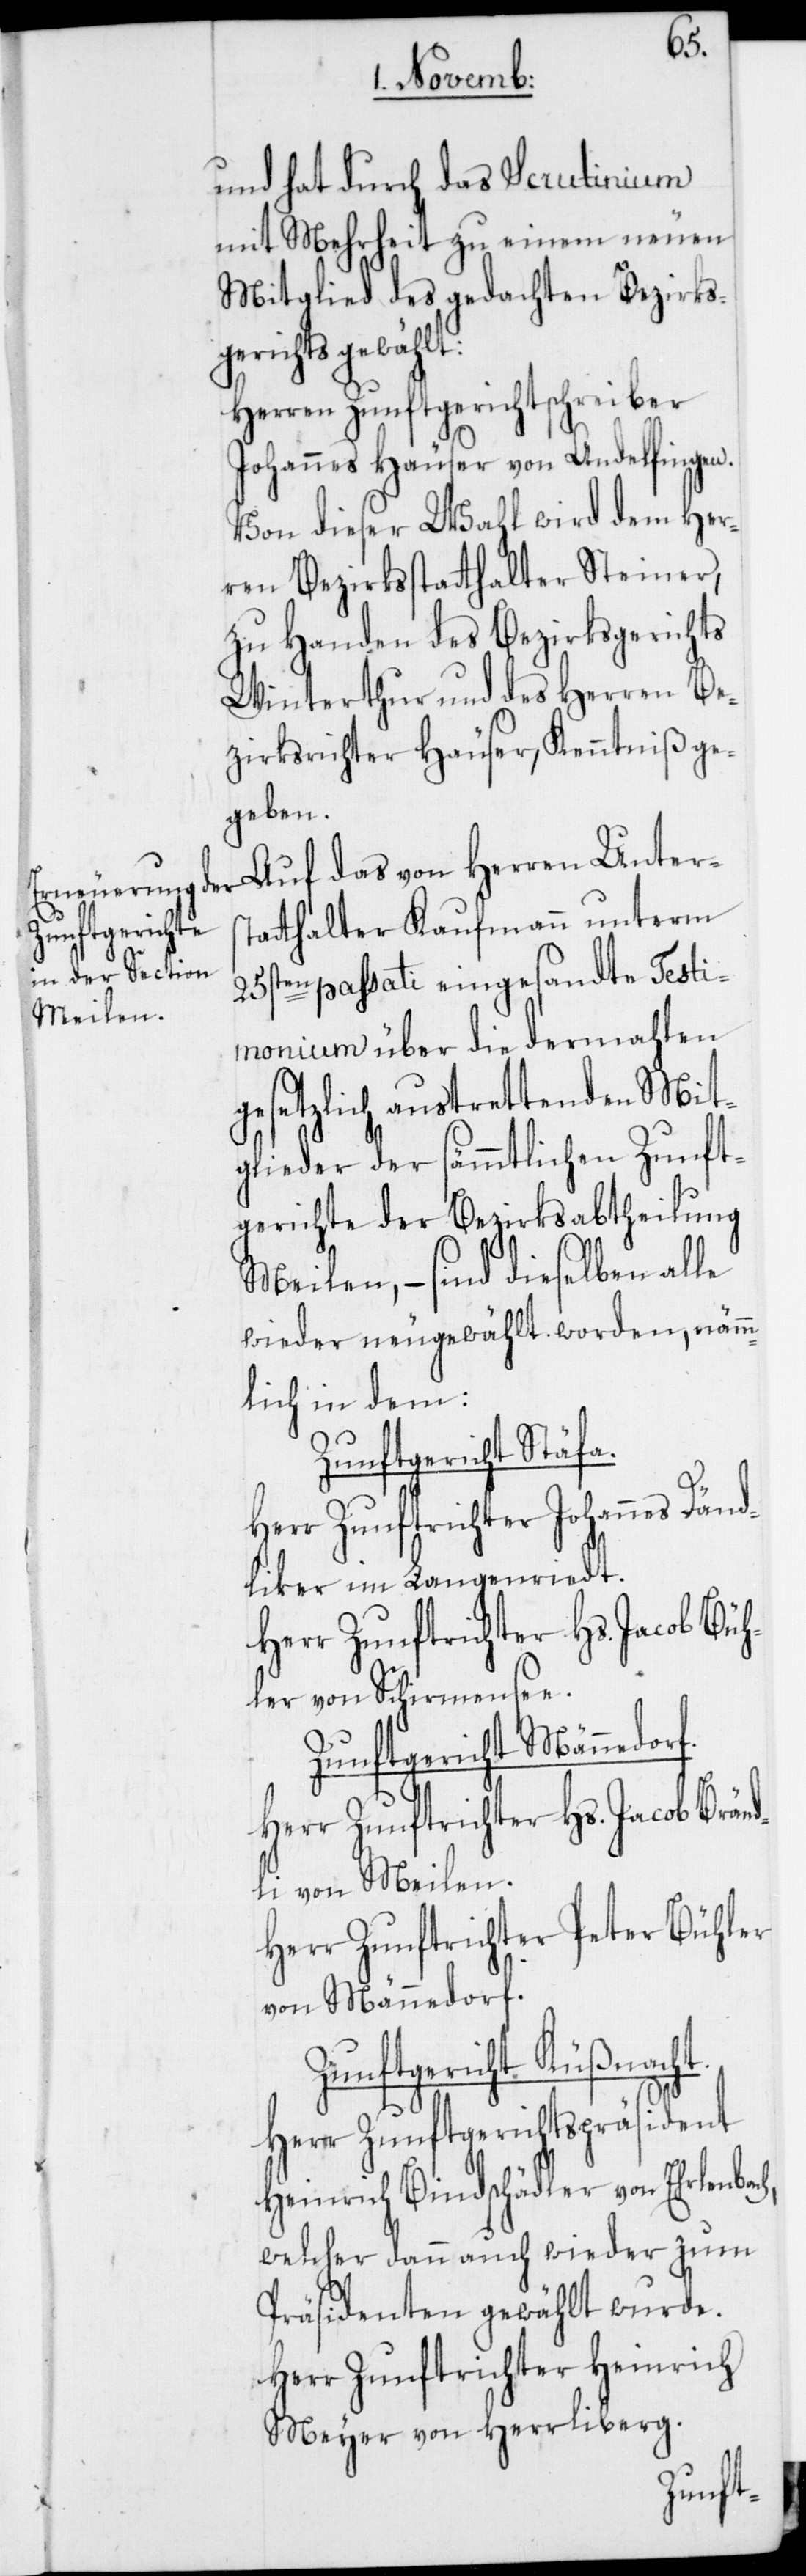
und hat durch das Scrutinium
mit Mehrheit zu einem neuen
Mitglied des gedachten Bezirks¬
gerichts gewählt:
Herren Zunftgerichtschreiber
Johannes Häuser von Andelfingen.
Von dieser Wahl wird dem Her¬
ren Bezirksstatthalter Steiner,
zu Handen des Bezirksgerichts
Winterthur und des Herren Be¬
zirksrichter Häuser, Kenntniß ge¬
geben.
Auf das von Herren Unters¬
tatthalter Kaufmann unterm
25sten passati eingesandte Testi¬
monium über die dermahlen
gesetzlich austrettenden Mit¬
glieder der sämmtlichen Zunft¬
gerichte der Bezirksabtheilung
h,
Meilen, – sind dieselben alle
wieder neugewählt worden, nämm¬
lich in dem:
Zunftgericht Stäfa.
Herr Zunftrichter Johannes Dänd¬
liker im Langenriedt.
Herr Zunftrichter Hs. Jacob Büh¬
ler von Schirmensee.
Zunftgericht Männedorf.
Herr Zunftrichter Hs. Jacob Bränd¬
li von Meilen.
Herr Zunftrichter Peter Bühler
von Männedorf.
Zunftgericht Küßnacht.
Herr Zunftgerichtspräsident
Heinrich Bindschädler von Ehrlenbac¬
welcher dann auch wieder zum
Präsidenten gewählt wurde.
Herr Zunftrichter Heinrich
Meyer von Herrliberg.